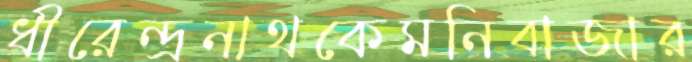
ধীরেন্দ্রনাথকেমনিবাজার